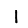
Digit: 1